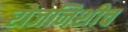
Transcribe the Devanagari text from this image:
रोजनिशीच